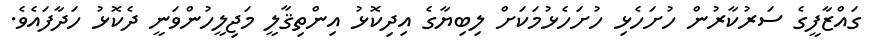
ގައްޒާފީގެ ސަރުކާރުން ހުށަހެޅި ހުށަހެޅުމަކަށް ލިބިޔާގެ އިދިކޮޅު އިންތިޤާލީ މަޖިލީހުންވަނީ ދެކޮޅު ހަދާފައެވެ.